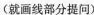
(就画线部分提问)